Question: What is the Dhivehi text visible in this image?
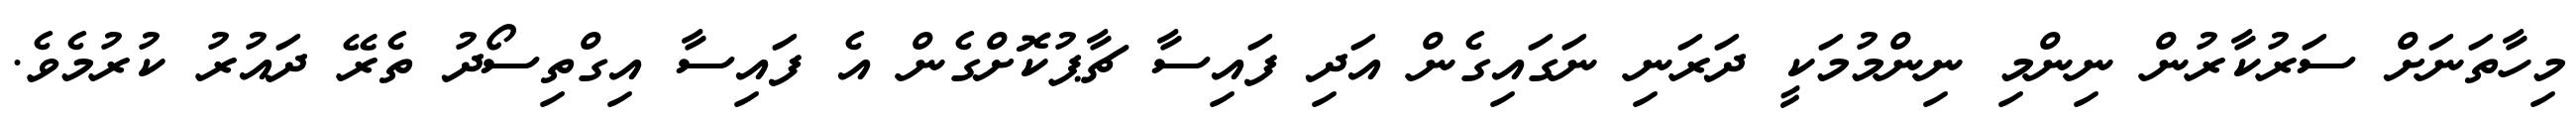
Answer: މިހާތަނަށް ސަރުކާރުން ނިންމި ނިންމުމަކީ ދަރަނި ނަގައިގެން އަދި ފައިސާ ޗާޕުކޮށްގެން އެ ފައިސާ އިގްތިސޯދު ތެރޭ ދައުރު ކުރުމެވެ.